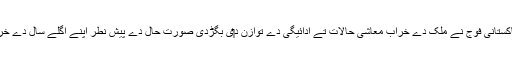
2019ء دے اواخر وچ پاکستانی فوج نے ملک دے خراب معاشی حالات تے ادائیگی دے توازن د‏‏ی بگڑدی صورت حال دے پیش نطر اپنے اگلے سال دے خرچ وچ کمی دا اعلان کیتا۔